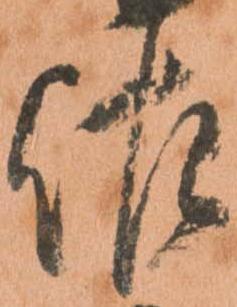
佐